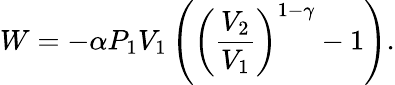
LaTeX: W=-\alpha P_{1}V_{1}\left(\left({\frac{V_{2}}{V_{1}}}\right)^{1-\gamma}-1\right).